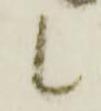
候